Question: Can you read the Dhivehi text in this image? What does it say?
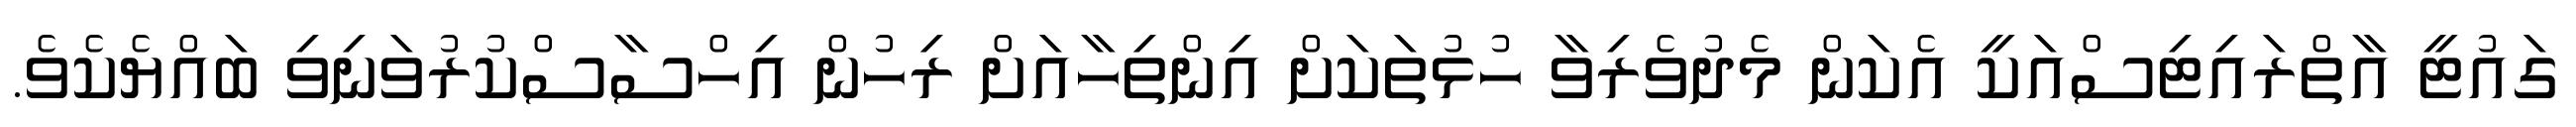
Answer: ގައުޓީ އާތްރައިޓިސްއަކީ އެކަން މެދުވެރިވާ ހުޅުތަކަށް އިންތިހާއަށް ރިހުން އިހްސާސްކުރުވަނިވި ބައްޔެކެވެ.